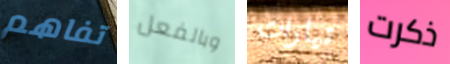
تفاهم وبالفعل تيارات ذكرت